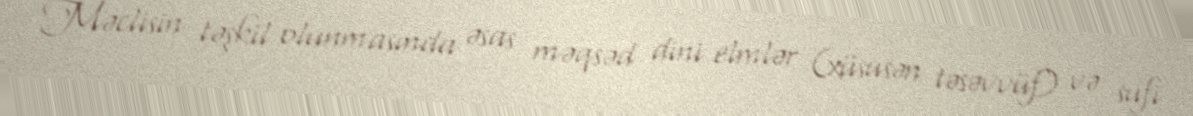
Məclisin təşkil olunmasında əsas məqsəd dini elmlər (xüsusən təsəvvüf) və sufi